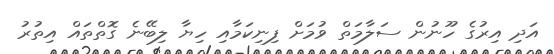
އަދި އިރުގެ ހޫނުން ސަލާމަތް ވުމަށް ފިނިކަމާއި ހިޔާ ލިބޭނެ ގޮތްތައް އިތުރު